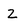
Character: z